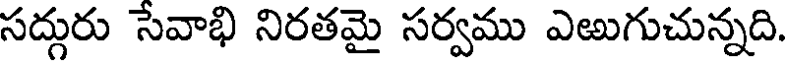
సద్గురు సేవాభి నిరతమై సర్వము ఎఱుగుచున్నది.